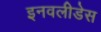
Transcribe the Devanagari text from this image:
इनवलीडेस